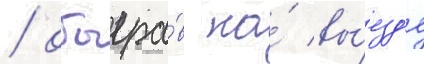
/ обыгра́в на́ вы́езд'е